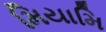
મિયામિ